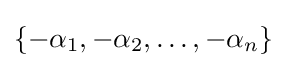
\{-\alpha _{1},-\alpha _{2},\ldots ,-\alpha _{n}\}